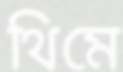
থিমে